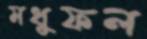
মধুফল